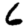
Digit: 6